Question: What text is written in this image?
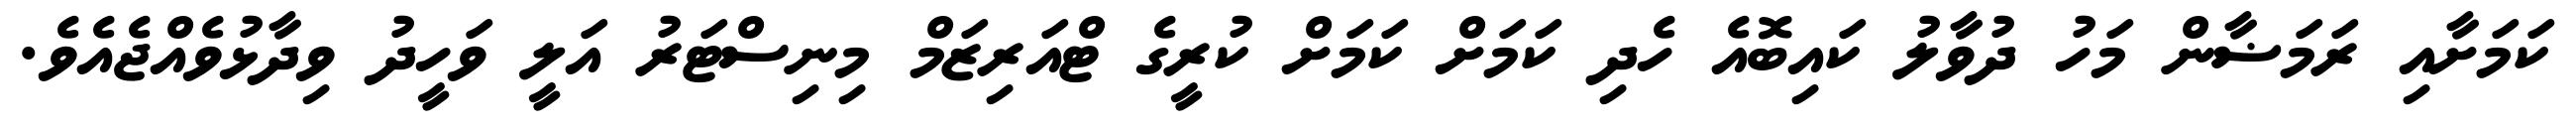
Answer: ކަމަށާއި ރަމަޟާން މަހު ދުވާލު ކައިބޮއެ ހެދި ކަމަށް ކަމަށް ކުރީގެ ޓްއަރިޒަމް މިނިސްޓަރު އަލީ ވަހީދު ވިދާޅުވެއްޖެއެވެ.